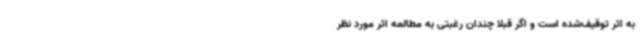
به اثر توقیف‌شده است و اگر قبلاً چندان رغبتی به مطالعه اثر مورد نظر